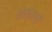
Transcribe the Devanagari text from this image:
भस्माचे